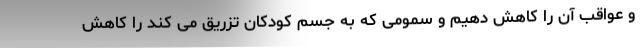
و عواقب آن را کاهش دهیم و سمومی که به جسم کودکان تزریق می کند را کاهش